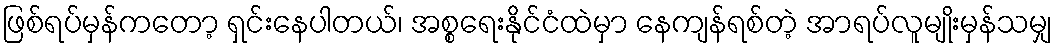
ဖြစ်ရပ်မှန်ကတော့ ရှင်းနေပါတယ်၊ အစ္စရေးနိုင်ငံထဲမှာ နေကျန်ရစ်တဲ့ အာရပ်လူမျိုးမှန်သမျှ